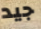
جيد